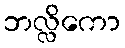
ဘလ္လိကော